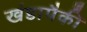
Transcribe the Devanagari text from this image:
खंडापैकी